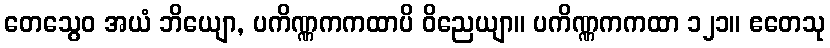
တေသွေဝ အယံ ဘိယျော, ပကိဏ္ဏကကထာပိ ဝိညေယျာ။ ပကိဏ္ဏကကထာ ၁၂၁။ ဧတေသု